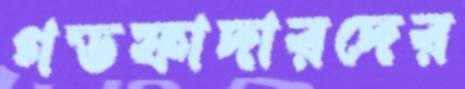
গডফাদারদের